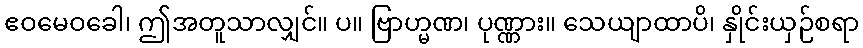
ဧဝမေဝခေါ၊ ဤအတူသာလျှင်။ ပ။ ဗြာဟ္မဏ၊ ပုဏ္ဏား။ သေယျာထာပိ၊ နှိုင်းယှဉ်စရာ